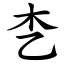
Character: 朰